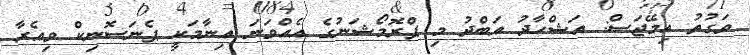
ވަގުތު އިމޭޖަސް: އަޝްހާދު އަބްދު މި ޕްރޮމޯޝަނުގެ އެއްވަނަ އިނާމަކީ ޕެނަސޮނިކް ވިއެރާ